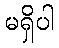
မရှိပါ